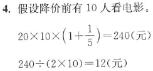
4. 假设降价前有 10 人看电影。
\[
20\times10\times(1 + \frac{1}{5}) = 240(\text{元})
\]
\[
240\div(2\times10)=12(\text{元})
\]